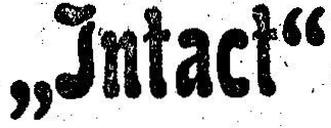
„Intact“